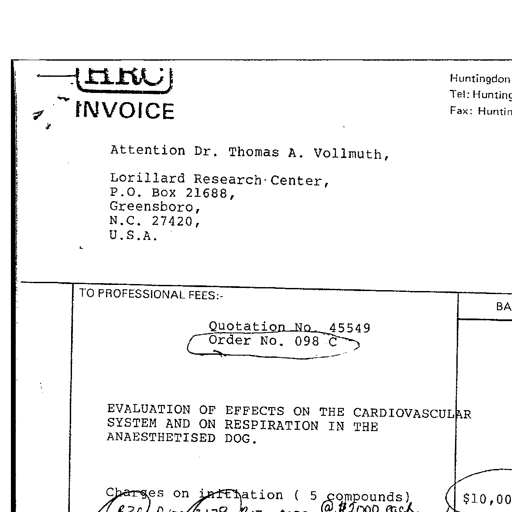
HRC
INVOICE
Huntingdon
Tel: Hunting
Fax: Hunting
Attention Dr. Thomas A. Vollmuth,
Lorillard Research Center,
P.O. Box 21688,
Greensboro,
N.C. 27420,
U.S.A.
TO PROFESSIONAL FEES:-
BA
Quotation No. 45549
Order No. 098 C
EVALUATION OF EFFECTS ON THE CARDIOVASCULAR
SYSTEM AND ON RESPIRATION IN THE
ANAESTHETISED DOG.
Charges on initiation ( 5 compounds)
@ $2000 each $10,00